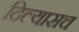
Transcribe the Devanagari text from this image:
दिल्यासच